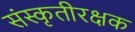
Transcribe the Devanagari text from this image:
संस्कृतीरक्षक